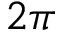
2 \pi